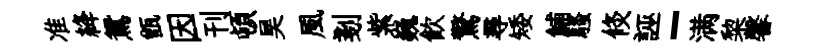
准絳鴛甑因刊頓昊風剗紫巍飮驚尋矮鯆騷倐誣-满棃馨